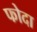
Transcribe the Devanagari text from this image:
फोदा